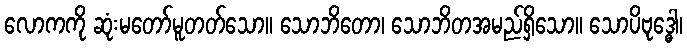
လောကကို ဆုံးမတော်မူတတ်သော။ သောဘိတော၊ သောဘိတအမည်ရှိသော။ သောပိဗုဒ္ဓေါ၊